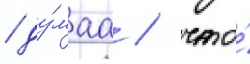
/ ду́маа / что́